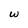
Character: w